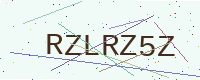
Text: RZLRZ5Z